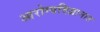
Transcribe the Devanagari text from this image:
आरोग्यविज्ञानात